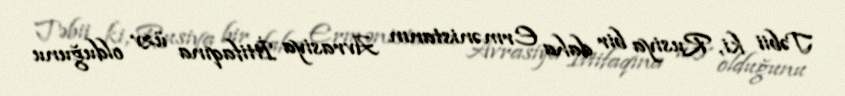
Təbii ki, Rusiya bir daha Ermənistanın Avrasiya İttifaqına üzv olduğunu